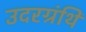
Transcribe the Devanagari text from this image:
उदरग्रंथि